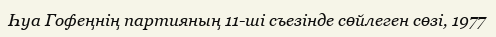
Һуа Гофеңнің партияның 11-ші съезінде сөйлеген сөзі, 1977